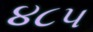
૪૮૫